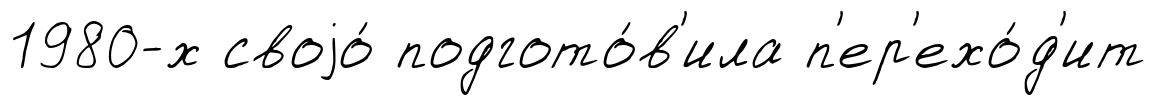
1980-х своjо́ подгото́в'ила п'ер'ехо́д'ит